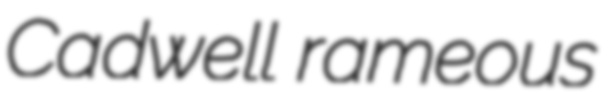
Cadwell rameous